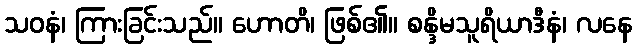
သဝနံ၊ ကြားခြင်းသည်။ ဟောတိ၊ ဖြစ်၏။ စန္ဒိမသူရိယာဒီနံ၊ လနေ